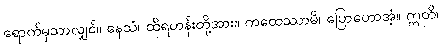
ရောက်မှသာလျှင်။ နေသံ၊ ထိုရဟန်းတို့အား။ ကထေဿာမိ၊ ပြောဟောအံ့။ ဣတိ၊